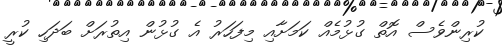
ކުރިންވެސް އޮތް ގުޅުމެއް ކަމަށާއި މިފަހަރު އެ ގުޅުން އިތުރަށް ބަދަހި ކުރީ